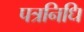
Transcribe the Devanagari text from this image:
पत्रनिधि